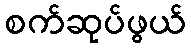
စက်ဆုပ်ဖွယ်